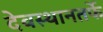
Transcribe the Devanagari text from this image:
देवस्थानतर्फे